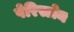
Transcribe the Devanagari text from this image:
पेरिस्टोम